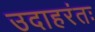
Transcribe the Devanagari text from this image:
उदाहरंतः